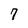
Character: 7